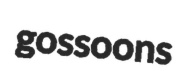
gossoons